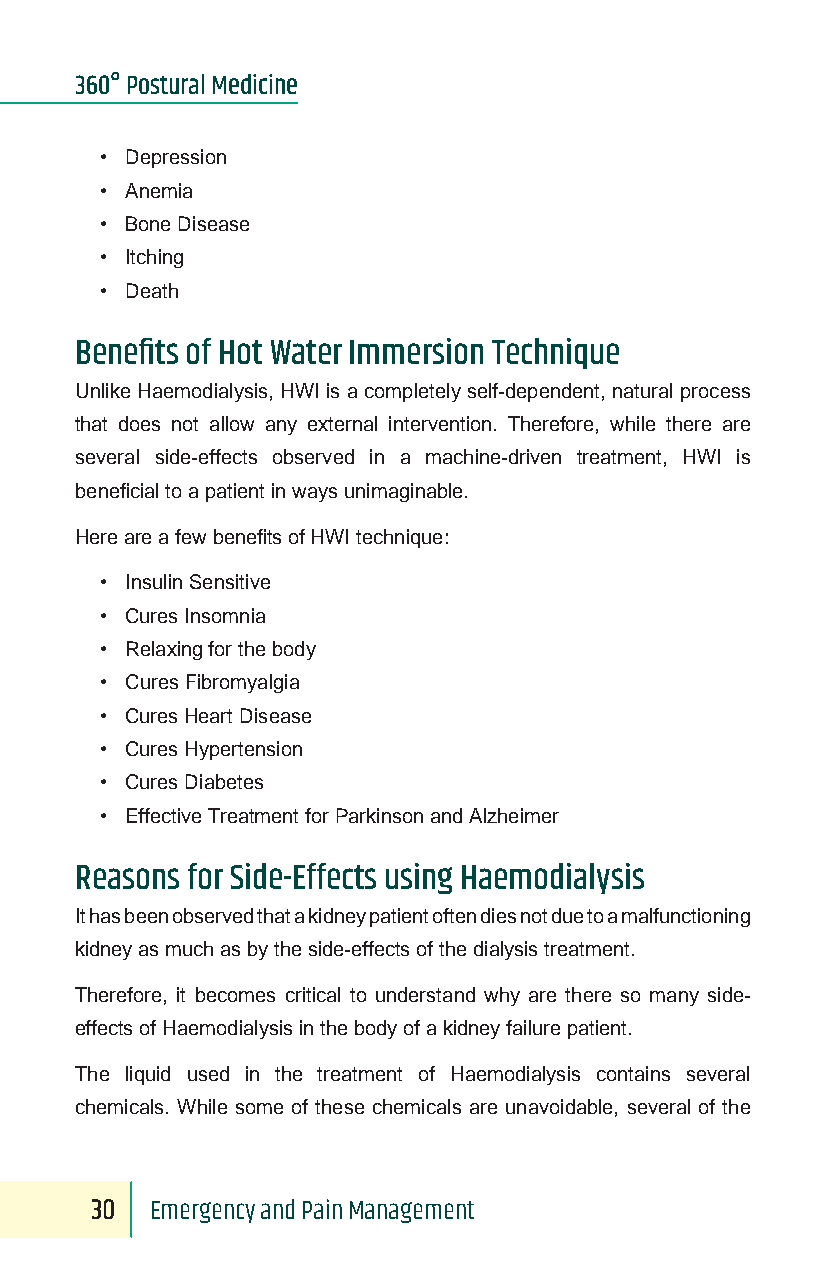
360° Postural Medicine
 • Depression
 • Anemia
 • Bone Disease
 • Itching
 • Death
 Benefits of Hot Water Immersion Technique
 Unlike Haemodialysis, HWI is a completely self-dependent, natural process
 that does not allow any external intervention. Therefore, while there are
 several side-effects observed in a machine-driven treatment, HWI is
 beneficial to a patient in ways unimaginable.
 Here are a few benefits of HWI technique:
 • Insulin Sensitive
 • Cures Insomnia
 • Relaxing for the body
 • Cures Fibromyalgia
 • Cures Heart Disease
 • Cures Hypertension
 • Cures Diabetes
 • Effective Treatment for Parkinson and Alzheimer
 Reasons for Side-Effects using Haemodialysis
 It has been observed that a kidney patient often dies not due to a malfunctioning
 kidney as much as by the side-effects of the dialysis treatment.
 Therefore, it becomes critical to understand why are there so many side-
 effects of Haemodialysis in the body of a kidney failure patient.
 The liquid used in the treatment of Haemodialysis contains several
 chemicals. While some of these chemicals are unavoidable, several of the
 30  Emergency and Pain Management